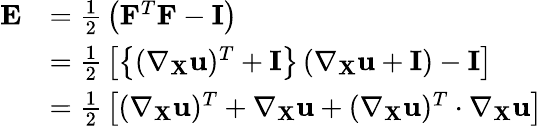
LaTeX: {\begin{array}{rl}{\mathbf{E}}&{={\frac{1}{2}}\left(\mathbf{F}^{T}\mathbf{F}-\mathbf{I}\right)}\\ &{={\frac{1}{2}}\left[\left\{ (\nabla_{\mathbf{X}}\mathbf{u})^{T}+\mathbf{I}\right\} \left(\nabla_{\mathbf{X}}\mathbf{u}+\mathbf{I}\right)-\mathbf{I}\right]}\\ &{={\frac{1}{2}}\left[(\nabla_{\mathbf{X}}\mathbf{u})^{T}+\nabla_{\mathbf{X}}\mathbf{u}+(\nabla_{\mathbf{X}}\mathbf{u})^{T}\cdot\nabla_{\mathbf{X}}\mathbf{u}\right]}\end{array}}